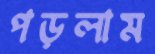
পড়লাম